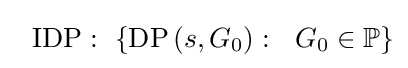
~~\mathrm {IDP} :~\left\{\mathrm {DP} \left(s,G_{0}\right):~~G_{0}\in \mathbb {P} \right\}